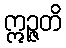
ဣဉ္ဇတိ